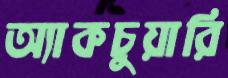
অ্যাকচুয়ারি